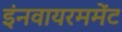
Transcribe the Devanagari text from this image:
इंनवायरममेंट